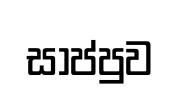
සාප්පුව